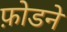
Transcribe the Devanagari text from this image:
फ़ोडने